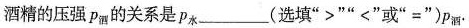
酒精的压强p_{酒}的关系是p_{水}___(选填”>””<”或”=”)p_{酒}.